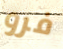
فرو